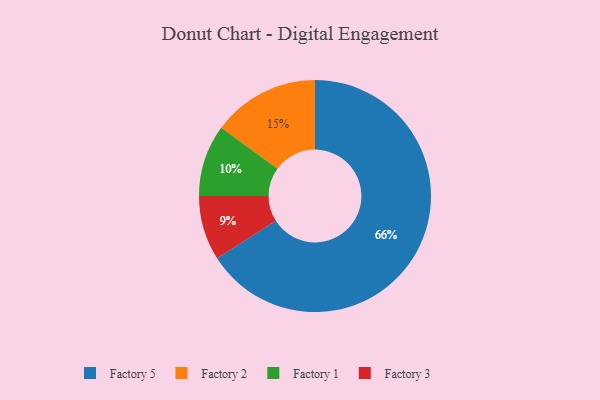
{"axis": {"x": "Category", "y": "Percentage"}, "legend": ["Factory 1", "Factory 2", "Factory 3", "Factory 5"], "data": [{"x": "Factory 5", "y": 66, "type": "Factory 5"}, {"x": "Factory 2", "y": 15, "type": "Factory 2"}, {"x": "Factory 1", "y": 10, "type": "Factory 1"}, {"x": "Factory 3", "y": 9, "type": "Factory 3"}]}